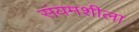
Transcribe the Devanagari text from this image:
संयमशीला